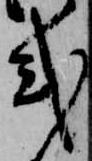
式